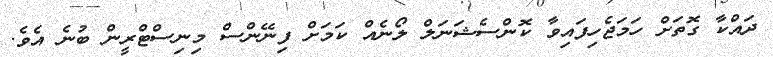
ދައްކާ ގޮތަށް ހަމަޖެހިފައިވާ ކޮންސެޝަނަލް ލޯނެއް ކަމަށް ފިނޭންސް މިނިސްޓްރީން ބުނެ އެވެ.